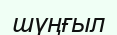
шүңғыл